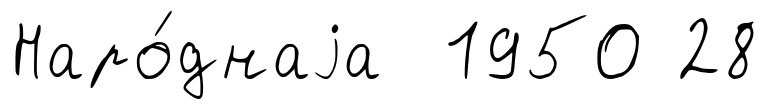
Наро́днаjа 1950 28